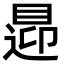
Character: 𥈁